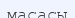
масасы